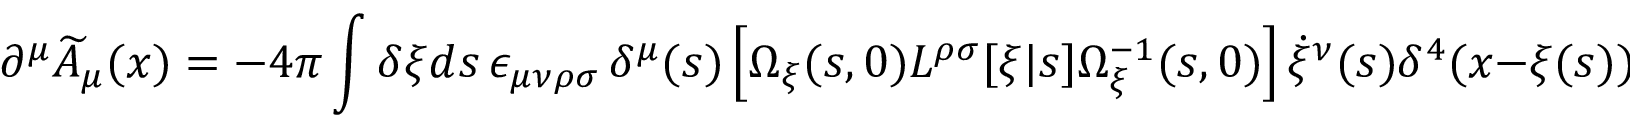
\partial ^ { \mu } \widetilde { A } _ { \mu } ( x ) = - 4 \pi \int \delta \xi d s \, \epsilon _ { \mu \nu \rho \sigma } \, \delta ^ { \mu } ( s ) \left[ \Omega _ { \xi } ( s , 0 ) L ^ { \rho \sigma } [ \xi | s ] \Omega _ { \xi } ^ { - 1 } ( s , 0 ) \right] \dot { \xi } ^ { \nu } ( s ) \delta ^ { 4 } ( x - \xi ( s ) ) .